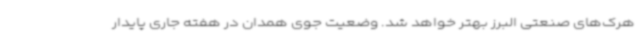
هرک‌های صنعتی البرز بهتر خواهد شد. وضعیت جوی همدان در هفته جاری پایدار